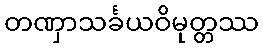
တဏှာသင်္ခယဝိမုတ္တဿ